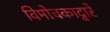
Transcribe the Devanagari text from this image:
विमोचकाद्वारे